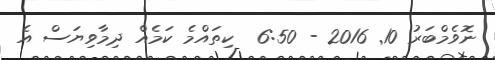
ނޮވެމްބަރު 10